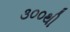
૩૦૦થી